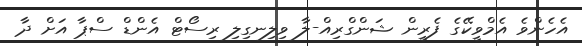
އެހެންވެ އެމްވީކޭގެ ފެރީން ޝަންގްރިއް-ލާ ވިލިނގިލި ރިސޯޓް އެންޑް ސްޕާ އަށް ދާ